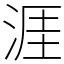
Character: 涯